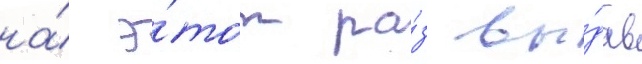
на́ э́тот ра́з вы́дав